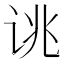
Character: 𫍥